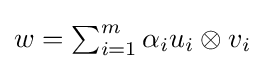
{\textstyle w=\sum _{i=1}^{m}\alpha _{i}u_{i}\otimes v_{i}}